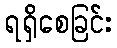
ရရှိစေခြင်း